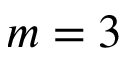
m = 3